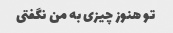
تو هنوز چیزی به من نگفتی